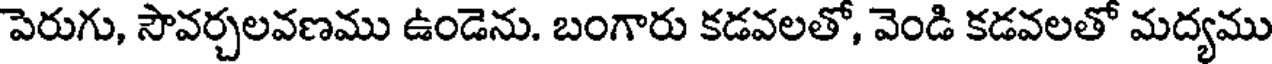
పెరుగు, సౌవర్చలవణము ఉండెను. బంగారు కడవలతో, వెండి కడవలతో మద్యము